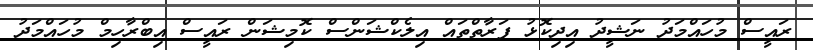
ރައީސް މުހައްމަދު ނަޝީދު އިދިކޮޅު ފަރާތްތައް އިލެކްޝަންސް ކޮމިޝަން ރައީސް އިބްރާހިމް މުހައްމަދު